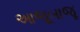
આજૂબાજૂ